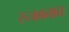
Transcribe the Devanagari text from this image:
रुजवतात